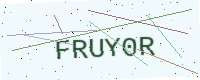
Text: FRUY0R